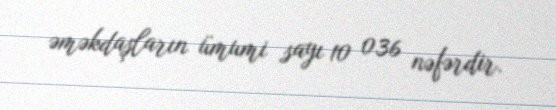
əməkdaşların ümumi sayı 10 036 nəfərdir.